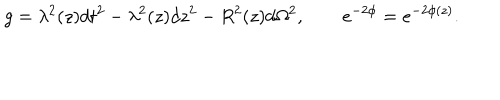
g = \lambda ^ { 2 } ( z ) d t ^ { 2 } - \lambda ^ { 2 } ( z ) d z ^ { 2 } - R ^ { 2 } ( z ) d \Omega ^ { 2 } , \qquad e ^ { - 2 \phi } = e ^ { - 2 \phi ( z ) } .